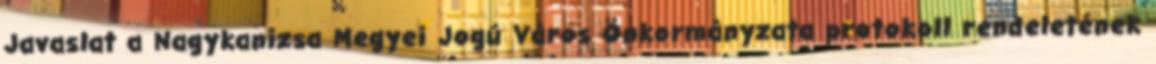
Javaslat a Nagykanizsa Megyei Jogú Város Önkormányzata protokoll rendeletének